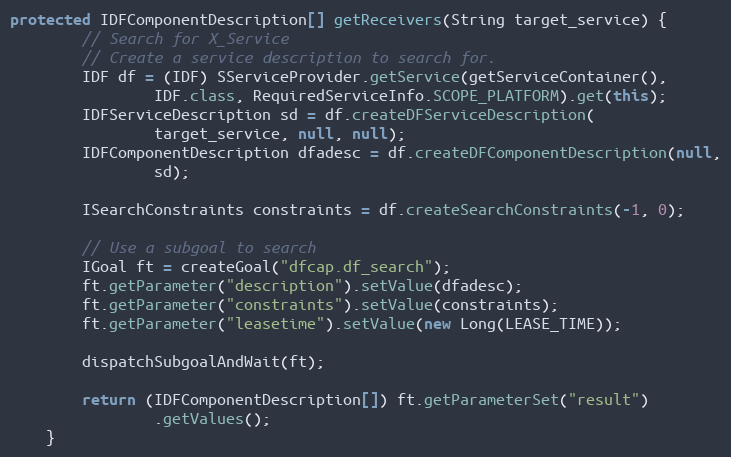
Language: Java
protected IDFComponentDescription[] getReceivers(String target_service) {
        // Search for X_Service
        // Create a service description to search for.
        IDF df = (IDF) SServiceProvider.getService(getServiceContainer(),
                IDF.class, RequiredServiceInfo.SCOPE_PLATFORM).get(this);
        IDFServiceDescription sd = df.createDFServiceDescription(
                target_service, null, null);
        IDFComponentDescription dfadesc = df.createDFComponentDescription(null,
                sd);

        ISearchConstraints constraints = df.createSearchConstraints(-1, 0);

        // Use a subgoal to search
        IGoal ft = createGoal("dfcap.df_search");
        ft.getParameter("description").setValue(dfadesc);
        ft.getParameter("constraints").setValue(constraints);
        ft.getParameter("leasetime").setValue(new Long(LEASE_TIME));

        dispatchSubgoalAndWait(ft);

        return (IDFComponentDescription[]) ft.getParameterSet("result")
                .getValues();
    }